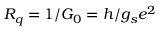
R _ { q } = 1 / G _ { 0 } = h / g _ { s } e ^ { 2 }